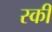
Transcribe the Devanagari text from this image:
स्‍की